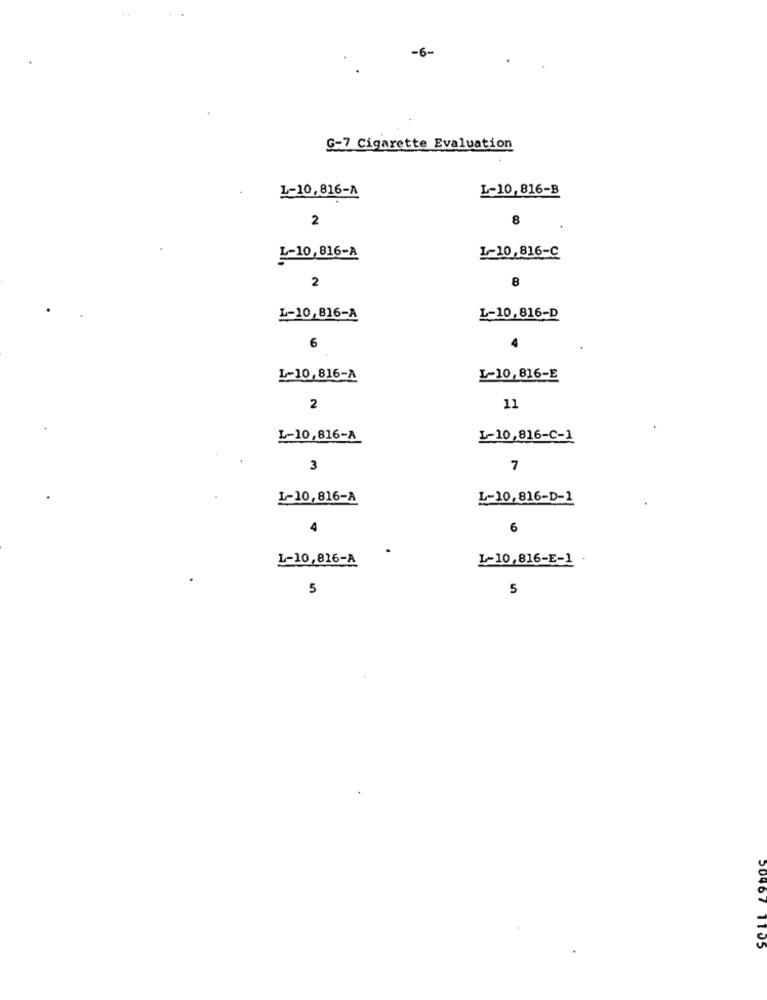
G-7 Cigarette Evaluation
L-10,816-A
L-10,816-B
2
8
L-10,816-A
1-10,816-C
2
8
L-10,816-A
L-10,816-D
6
L-10,816-A
L-10,816-E
2
11
L-10,816-A
L-10,816-C-1
3
7
L-10,816-A
L-10,816-D-1
6
L-10,816-A
L-10,816-E-1
5
5
50467 1105